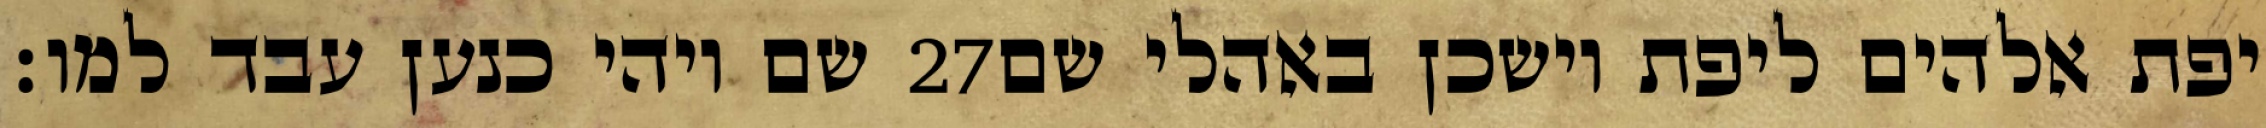
שם ויהי כנען עבד למו׃ ‎27‏ יפת אלהים ליפת וישכן באהלי שם